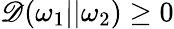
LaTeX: \mathscr{D}(\omega_{1}||\omega_{2})\geq0